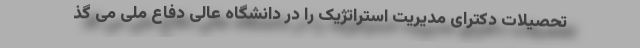
تحصیلات دکترای مدیریت استراتژیک را در دانشگاه عالی دفاع ملی می گذ